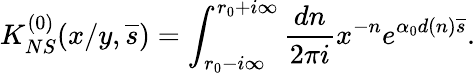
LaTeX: K_{NS}^{(0)}(x/y,\overline{{{s}}})=\int_{r_{0}-i\infty}^{r_{0}+i\infty}{\frac{dn}{2\pi i}}x^{-n}e^{\alpha_{0}d(n)\overline{{{s}}}}.